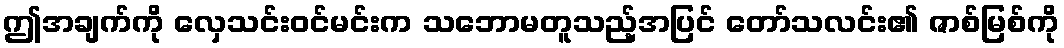
ဤအချက်ကို လှေသင်းဝင်မင်းက သဘောမတူသည့်အပြင် တော်သလင်း၏ ဇာစ်မြစ်ကို